Preliminary report on a parasite found in persons suffering from enlargement of the spleen in India - Number 8
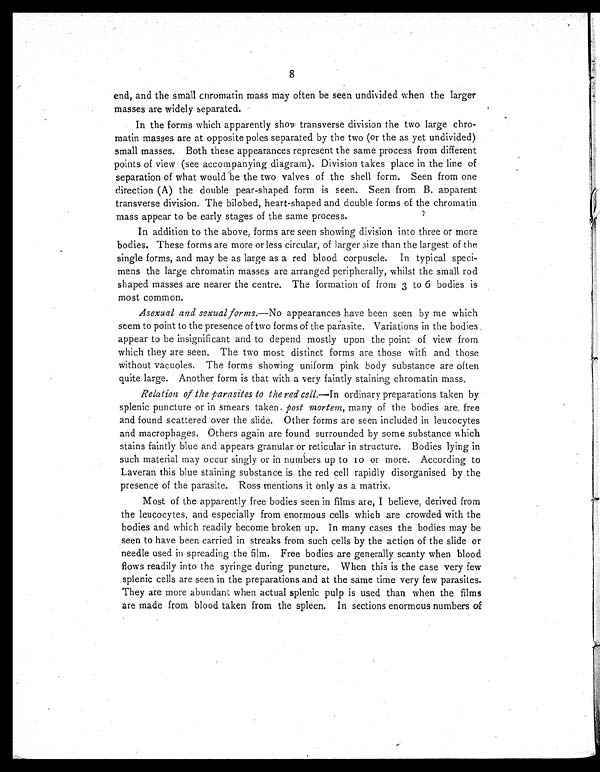
8
end, and the small chromatin mass may often be seen undivided when the larger
masses are widely separated.
In the forms which apparently show transverse division the two large chro-
matin masses are at opposite poles separated by the two (or the as yet undivided)
small masses. Both these appearances represent the same process from different
points of view (see accompanying diagram). Division takes place in the line of
separation of what would be the two valves of the shell form. Seen from one
direction (A) the double pear-shaped form is seen. Seen from B. apparent
transverse division. The bilobed, heart-shaped and double forms of the chromatin
mass appear to be early stages of the same process.
In addition to the above, forms are seen showing division into three or more
bodies. These forms are more or less circular, of larger size than the largest of the.
single forms, and may be as large as a red blood corpuscle. In typical speci-
mens the large chromatin masses are arranged peripherally, whilst the small rod
shaped masses are nearer the centre. The formation of from 3 to 6 bodies is
most common.
Asexual and sexual forms.—No appearances have been seen by me which
seem to point to the presence of two forms of the parasite. Variations in the bodies
appear to be insignificant and to depend mostly upon the point of view from
which they are seen. The two most distinct forms are those with and those
without vacuoles. The forms showing uniform pink body substance are often
quite large. Another form is that with a very faintly staining chromatin mass.
Relation of the parasites to the red cell.—In ordinary preparations taken by
splenic puncture or in smears taken. post mortem, many of the bodies are. free
and found scattered over the slide. Other forms are seen included in leucocytes
and macrophages. Others again are found surrounded by some substance which
stains faintly blue and appears granular or reticular in structure. Bodies lying in
such material may occur singly or in numbers up to 10 or more. According to
Laveran this blue staining substance is the red cell rapidly disorganised by the
presence of the parasite. Ross mentions it only as a matrix.
Most of the apparently free bodies seen in films are, I believe, derived from
the leucocytes, and especially from enormous cells which are crowded with the
bodies and which readily become broken up. In many cases the bodies may be
seen to have been carried in streaks from such cells by the action of the slide or
needle used in spreading the film. Free bodies are generally scanty when blood
flows readily into the syringe during puncture. When this is the case very few
splenic cells are seen in the preparations and at the same time very few parasites.
They are more abundant when actual splenic pulp is used than when the films
are made from blood taken from the spleen. In sections enormous numbers of